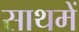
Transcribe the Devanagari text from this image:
साथमें